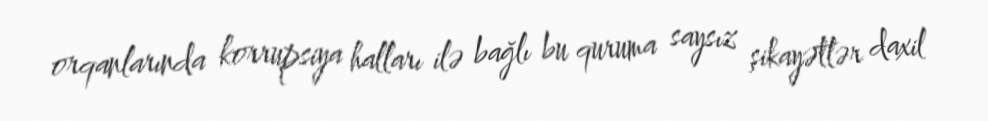
orqanlarında korrupsiya halları ilə bağlı bu quruma saysız şikayətlər daxil